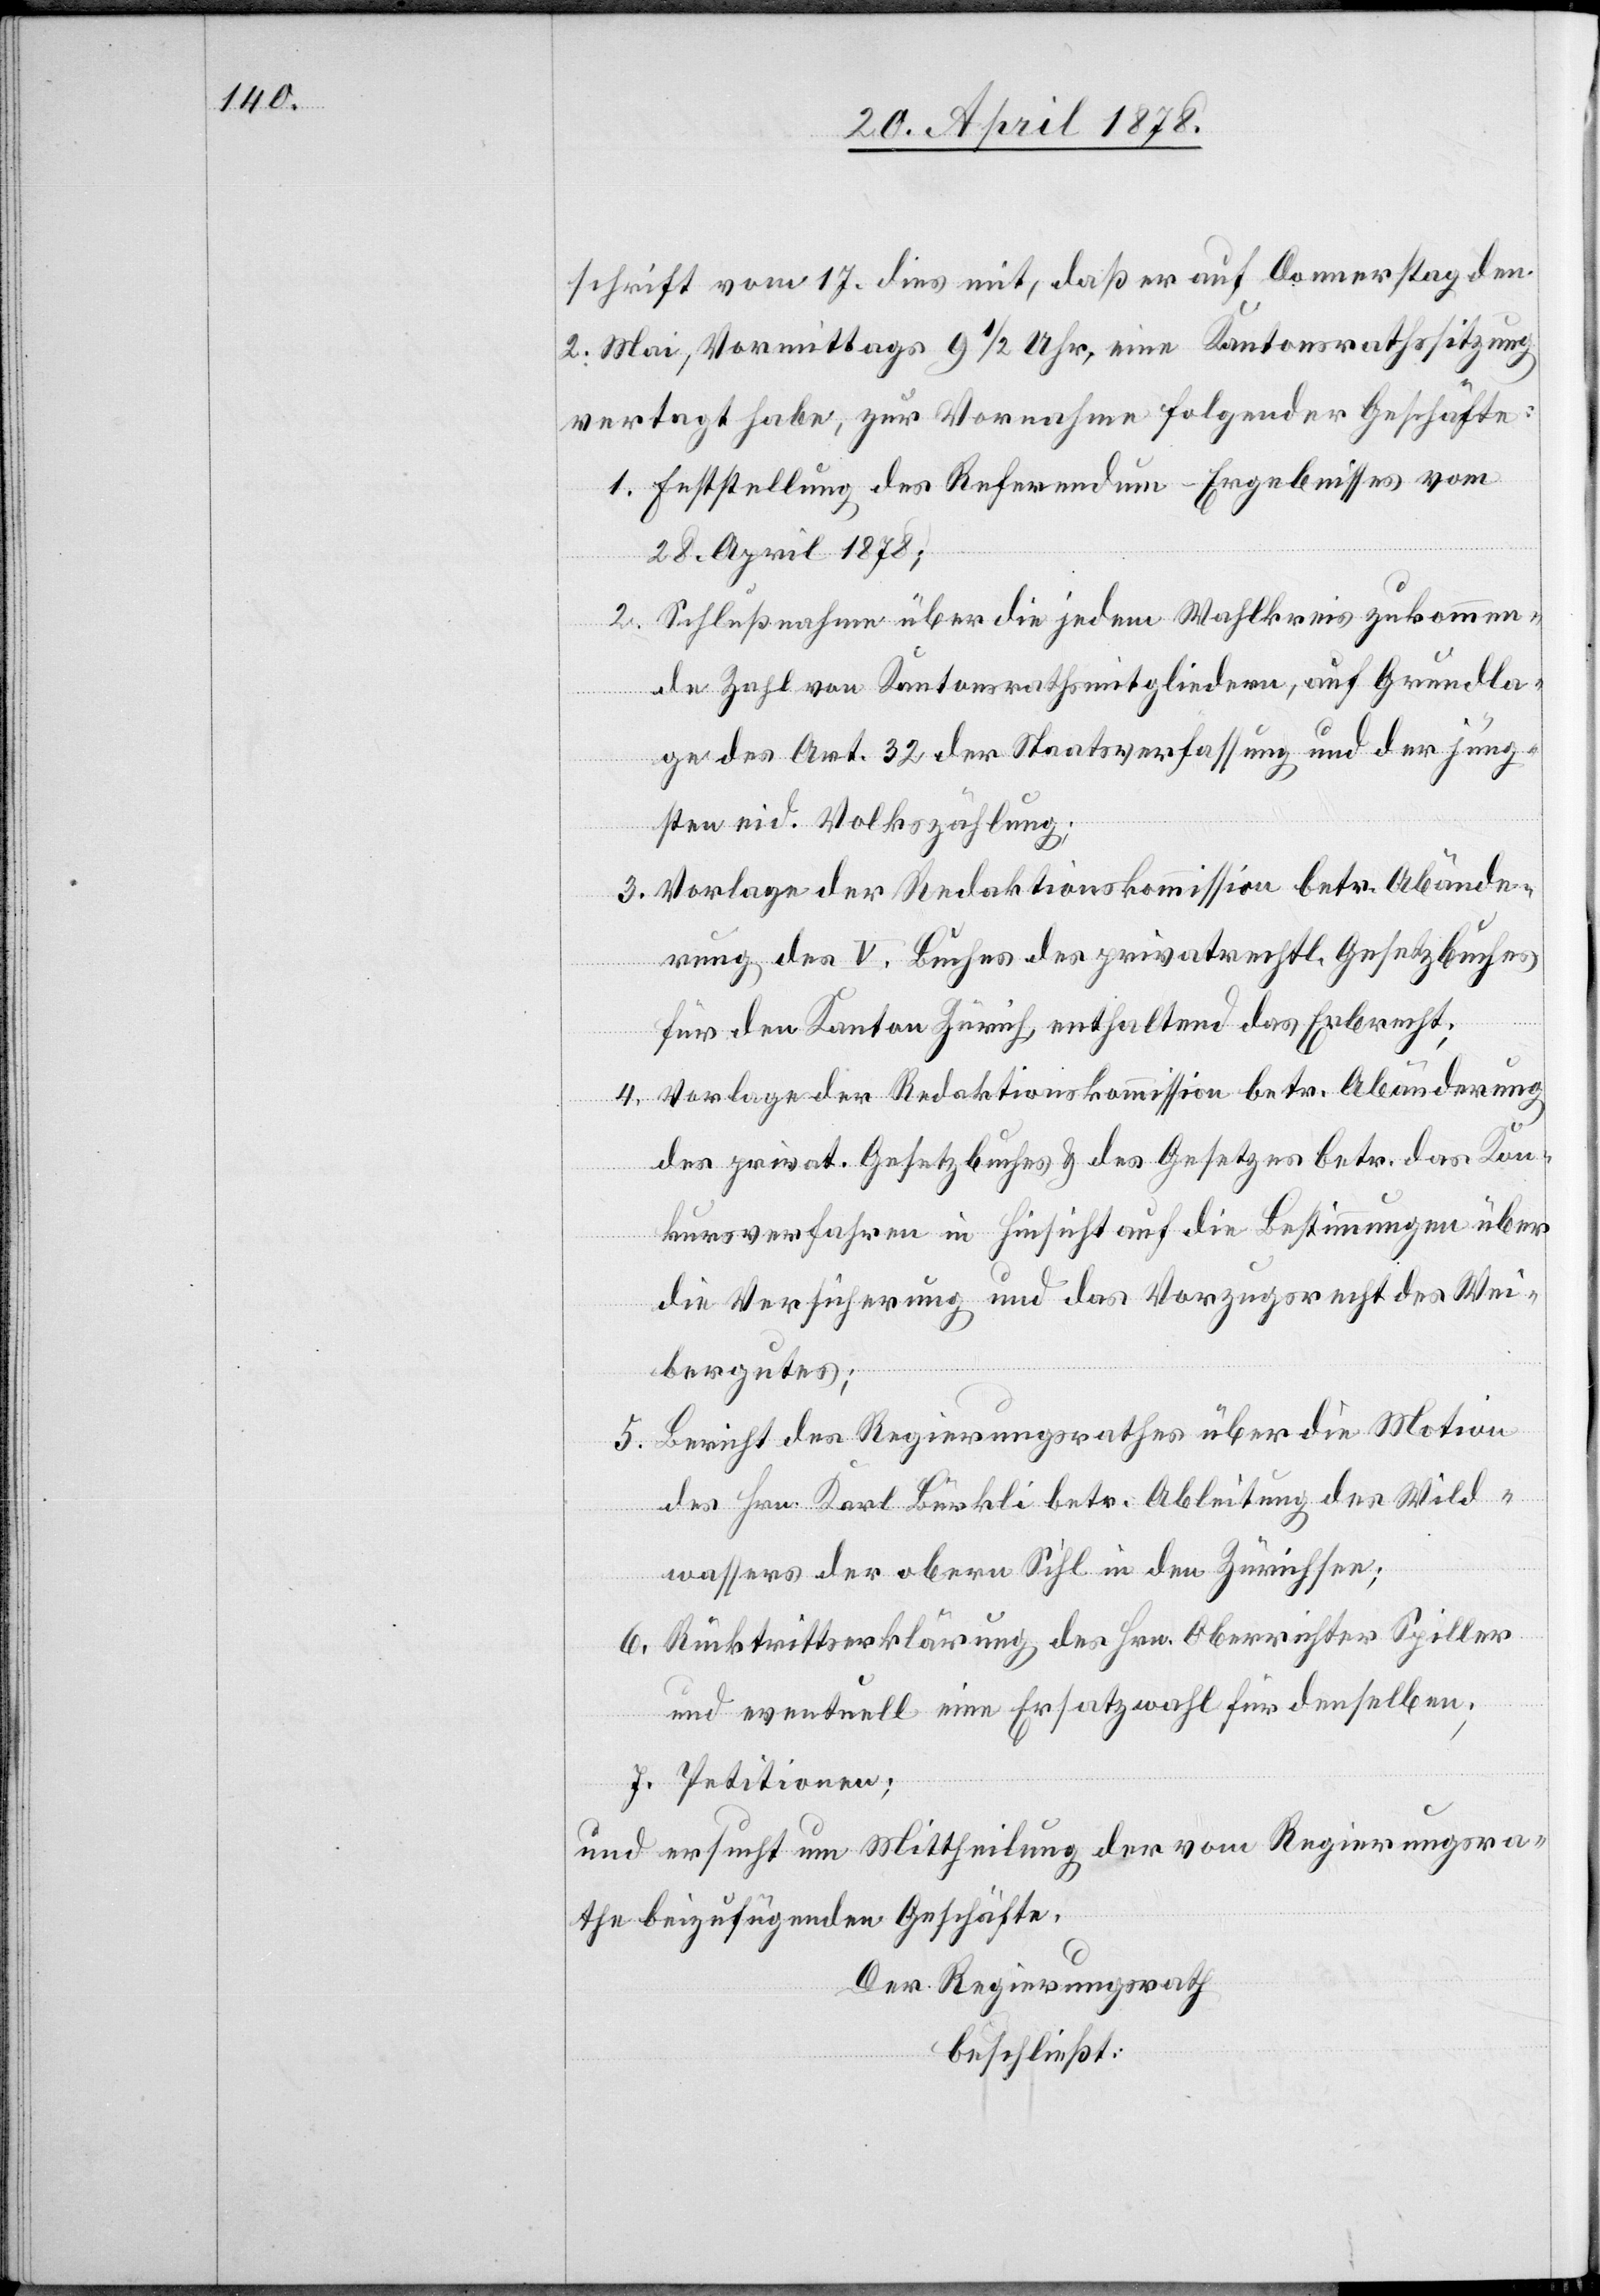
schrift vom 17. dies mit, daß er auf Donnerstag den
2. Mai, Vormittags 9 1/2 Uhr, eine Kantonsrathssitzung
vertagt habe, zur Vornahme folgender Geschäfte:
1. Feststellung des Referendum-Ergebnisses vom
28. April 1878;
2. Schlußnahme über die jedem Wahlkreis zukommen¬
de Zahl von Kantonsrathsmitgliedern, auf Grundla¬
ge des Art. 32 der Staatsverfassung und der jüng¬
sten eid. Volkszählung;
3. Vorlage der Redaktionskommission betr. Abände¬
rung des V. Buches des privatrechtl. Gesetzbuches
für den Kanton Zürich enthaltend das Erbrecht;
4. Vorlage der Redaktionskommission betr. Abänderung
des privat. Gesetzbuches & des Gesetzes betr. das Kon¬
kursverfahren in Hinsicht auf die Bestimmungen über
die Versicherung und das Vorzugsrecht des Wei¬
bergutes;
5. Bericht des Regierungsrathes über die Motion
des Hrn. Karl Bürkli betr. Ableitung des Wild¬
wassers der obern Sihl in den Zürichsee;
6. Rücktrittserklärung des Hrn. Oberrichter Spiller
und eventuell eine Ersatzwahl für denselben;
7. Petitionen;
und ersucht um Mittheilung der vom Regierungsra¬
the beizufügenden Geschäfte.
Der Regierungsrath
beschließt: